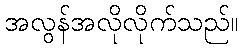
အလွန်အလိုလိုက်သည်။